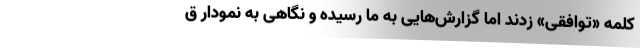
کلمه «توافقی» زدند اما گزارش‌هایی به ما رسیده و نگاهی به نمودار ق